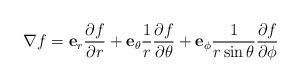
LaTeX: \begin{align*}\nabla f=\mathbf{e}_{r}\frac{\partial f}{\partial r}+\mathbf{e}_{\theta}\frac{1}{r}\frac{\partial f}{\partial\theta}+\mathbf{e}_{\phi}\frac{1}{r\sin\theta}\frac{\partial f}{\partial\phi}\end{align*}